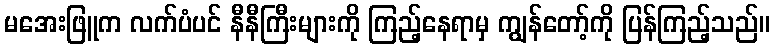
မအေးဖြူက လက်ပံပင် နီနီကြီးများကို ကြည့်နေရာမှ ကျွန်တော့်ကို ပြန်ကြည့်သည်။